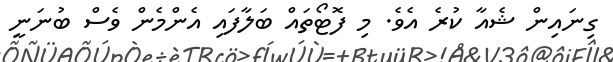
ގިނައިން ޝެއާ ކުރެ އެވެ. މި ފޮޓޯތައް ބަލާފައި އެންމެން ވެސް ބުނަނީ